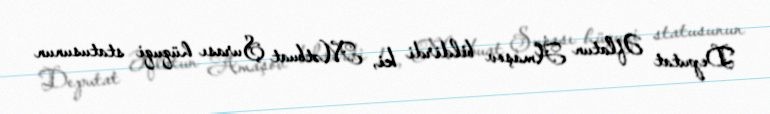
Deputat Əflatun Amaşov bildirdi ki, Mətbuat Şurası hüquqi statusunun